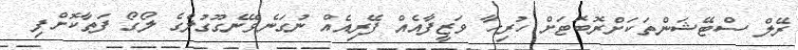
ރޭލް ސްޓޭޝަންތަކަށްރޮބޮޓަށް ހުރިހާ ވަޒީފާއެއް ފޭރިއެއް ނުގަނެވޭނެގޫގުލްގެ ލޯގޯ ފަތާކޮށްފި